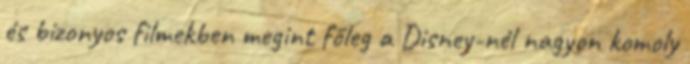
és bizonyos filmekben megint főleg a Disney-nél nagyon komoly